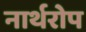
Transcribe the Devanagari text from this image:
नार्थरोप